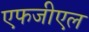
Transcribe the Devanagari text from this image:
एफजीएल